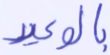
بالوعيد